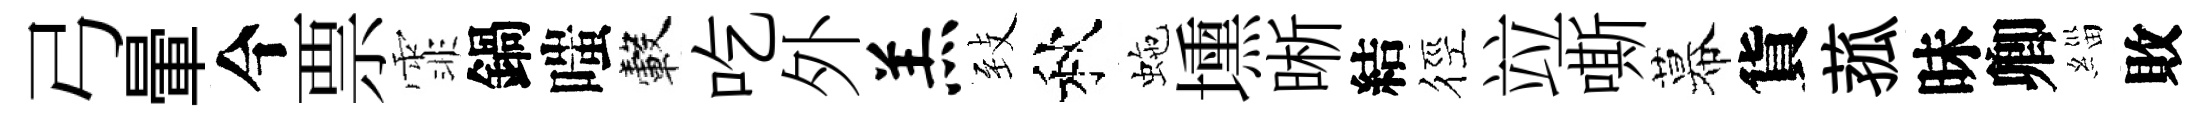
弓暈今票霏鍋嗤轂吃外羔𦤺秋虵壎晰結徑竝嘶幕貨菰昧卿緇敗